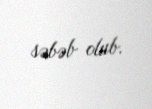
səbəb olub.